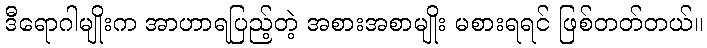
ဒီရောဂါမျိုးက အာဟာရပြည့်တဲ့ အစားအစာမျိုး မစားရရင် ဖြစ်တတ်တယ်။